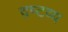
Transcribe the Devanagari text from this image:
द्रष्‍टव्य